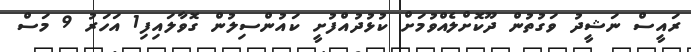
ރައީސް ނަޝީދު ވަގުތުން ދޫކޮށްލެއްވުމަށް ކުޅުދުއްފުށީ ކައުންސިލުން ގޮވާލައިފި1 އަހަރު 9 މަސް